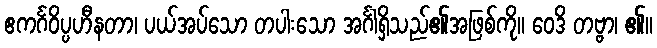
ဧကင်္ဂဝိပ္ပဟီနတာ၊ ပယ်အပ်သော တပါးသော အင်္ဂါရှိသည်၏အဖြစ်ကို။ ဝေဒိ တဗ္ဗာ၊ ၏။